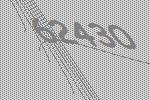
62430